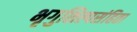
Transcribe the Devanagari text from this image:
भृगुशिल्पसंहिता